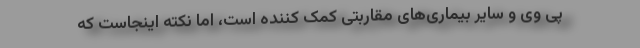
پی وی و سایر بیماری‌های مقاربتی کمک کننده است، اما نکته اینجاست که